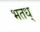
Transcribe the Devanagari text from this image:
भतध्